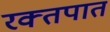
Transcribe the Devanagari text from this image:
रक्‍तपात